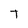
Character: T